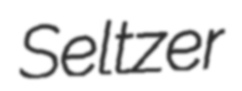
Seltzer